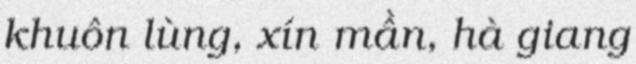
khuôn lùng, xín mần, hà giang